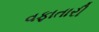
વફાતારી